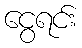
ငွေရင်း